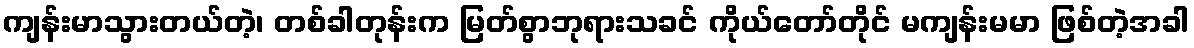
ကျန်းမာသွားတယ်တဲ့၊ တစ်ခါတုန်းက မြတ်စွာဘုရားသခင် ကိုယ်တော်တိုင် မကျန်းမမာ ဖြစ်တဲ့အခါ